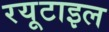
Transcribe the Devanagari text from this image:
रयूटाइल